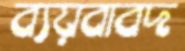
ব্যয়বাবদ